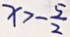
x > - \frac { 5 } { 2 }